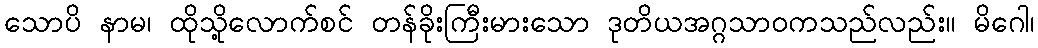
သောပိ နာမ၊ ထိုသို့လောက်စင် တန်ခိုးကြီးမားသော ဒုတိယအဂ္ဂသာဝကသည်လည်း။ မိဂေါ၊